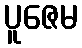
ပူဇေမ